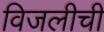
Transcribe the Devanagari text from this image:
विजलीची